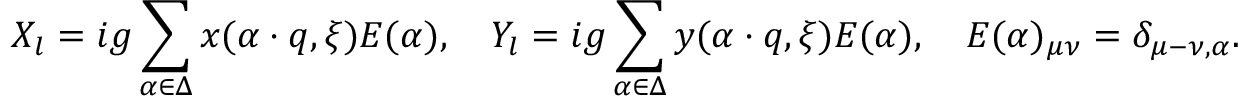
X _ { l } = i g \sum _ { \alpha \in \Delta } x ( \alpha \cdot q , \xi ) E ( \alpha ) , \quad Y _ { l } = i g \sum _ { \alpha \in \Delta } y ( \alpha \cdot q , \xi ) E ( \alpha ) , \quad E ( \alpha ) _ { \mu \nu } = \delta _ { \mu - \nu , \alpha } .